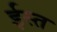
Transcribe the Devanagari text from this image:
ईस्त